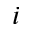
i